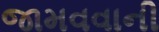
જામવવાની